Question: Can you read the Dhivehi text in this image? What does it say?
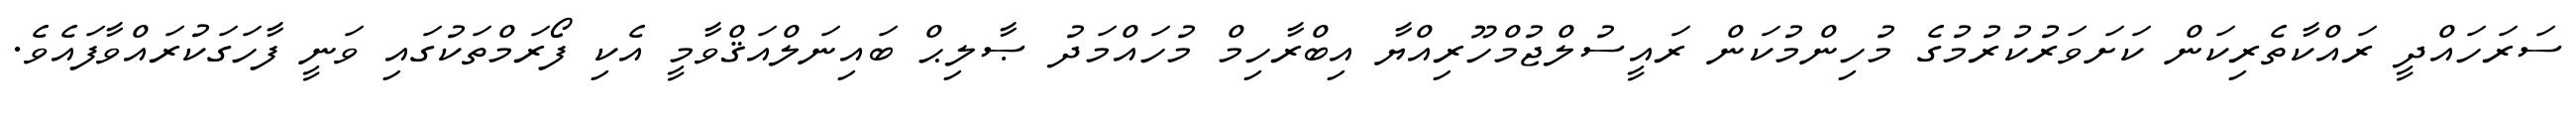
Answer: ސަރަހައްދީ ރައްކާތެރިކަން ކަށަވަރުކުރުމުގެ މުހިންމުކަން ރައީސުލްޖުމްހޫރިއްޔާ އިބްރާހިމް މުހައްމަދު ޞާލިޙް ބައިނަލްއަޤްވާމީ އެކި ފޯރަމްތަކުގައި ވަނީ ފާހަގަކުރައްވާފައެވެ.